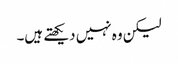
لیکن وہ نہیں دیکھتے ہیں۔